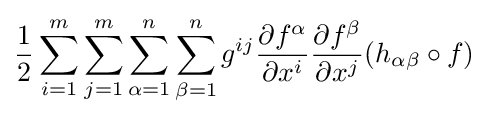
{\frac {1}{2}}\sum _{i=1}^{m}\sum _{j=1}^{m}\sum _{\alpha =1}^{n}\sum _{\beta =1}^{n}g^{ij}{\frac {\partial f^{\alpha }}{\partial x^{i}}}{\frac {\partial f^{\beta }}{\partial x^{j}}}(h_{\alpha \beta }\circ f)